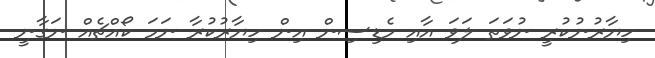
ހިޔާރުނުކުރީ ނުވަތަ ލަވަ އާއި މެޑިސިން އިން ހިޔާރުކުރާ ނަމަ ކޯއްޗެއް ނަގާނީ